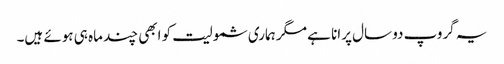
یہ گروپ دو سال پرانا ہے مگر ہماری شمولیت کو ابھی چند ماہ ہی ہوئے ہیں۔